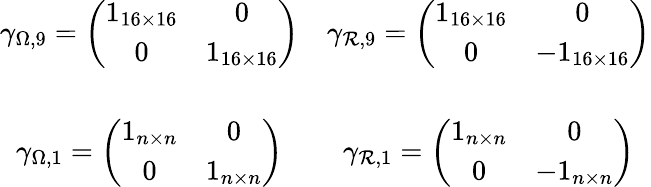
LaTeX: \begin{array}{cc}{{\gamma_{\Omega,9}=\left(\begin{array}{cc}{{1_{16\times 16}}}&{{0}}\\ {{0}}&{{1_{16\times 16}}}\end{array}\right)}}&{{\gamma_{{\cal R},9}=\left(\begin{array}{cc}{{1_{16\times 16}}}&{{0}}\\ {{0}}&{{-1_{16\times 16}}}\end{array}\right)}}\\ {{{}}}&{{{}}}\\ {{\gamma_{\Omega,1}=\left(\begin{array}{cc}{{1_{n\times n}}}&{{0}}\\ {{0}}&{{1_{n\times n}}}\end{array}\right)}}&{{\gamma_{{\cal R},1}=\left(\begin{array}{cc}{{1_{n\times n}}}&{{0}}\\ {{0}}&{{-1_{n\times n}}}\end{array}\right)}}\end{array}